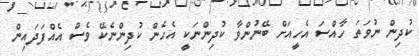
ކުދިން ނުވަތަ ހާއްސަ އެހީއަށް ބޭނުންވާ ކުދިންނަކީ އެހެން ކުދިންނެކޭ ވެސް އެއްފަދައިން